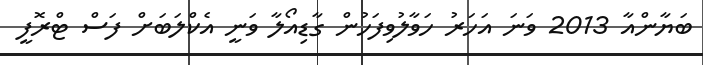
ބަޔާންއާ 2013 ވަނަ އަހަރު ހަވާލުވިފަހުން ގާޑިއޯލާ ވަނީ އެކްލަބަށް ފަސް ޓްރޮފީ